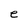
Character: e